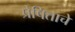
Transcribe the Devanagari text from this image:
प्रेषिताचे